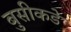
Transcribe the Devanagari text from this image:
बुसीकडे